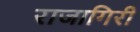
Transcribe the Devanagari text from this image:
राजागिरी